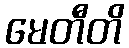
မေတီတိ